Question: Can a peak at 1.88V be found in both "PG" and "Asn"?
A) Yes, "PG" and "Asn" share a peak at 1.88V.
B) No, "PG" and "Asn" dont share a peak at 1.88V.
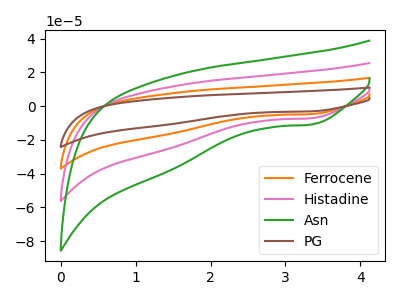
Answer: <think>The orange curve "Ferrocene" has a cathodic peak at: (3.35V, -14.35uA). The pink curve "Histadine" has a cathodic peak at: (3.35V, -7.15uA). The green curve "Asn" has a cathodic peak at: (3.35V, -10.90uA). The brown curve "PG" has a cathodic peak at: (3.35V, -21.50uA).</think>
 <answer>B) No, "PG" and "Asn" dont share a peak at 1.88V.</answer>
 <eval>B</eval>